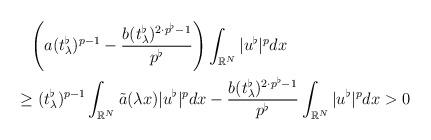
LaTeX: \begin{align*}&\phantom{=}\left(a (t_\lambda^\flat)^{p-1} -\frac{b(t_\lambda^\flat)^{2\cdot p^\flat-1}}{p^\flat}\right) \int_{\mathbb{R}^N} |u^\flat|^{p} dx\\&\geq (t_\lambda^\flat)^{p-1} \int_{\mathbb{R}^N} \tilde{a}(\lambda x)|u^\flat|^{p} dx-\frac{b(t_\lambda^\flat)^{2\cdot p^\flat-1}}{p^\flat} \int_{\mathbb{R}^N} |u^\flat|^{p} dx>0\end{align*}